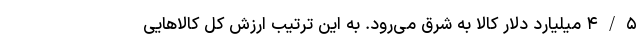
۴/۵ میلیارد دلار کالا به شرق می‌رود. به این ترتیب ارزش کل کالاهایی